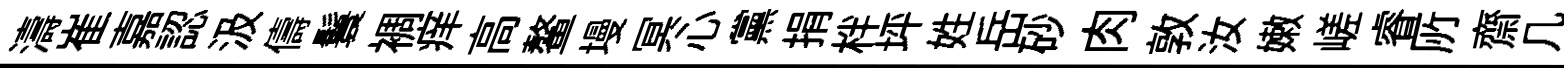
濤崔嘉認汲儔鬟裯痒高鳌墁冥心黨捐柈坪姓岳砂肉敦汝嫩嵯睿𠩄齋几